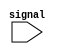
module time_posedge #(
    parameter NAME = "SETME"
) (
    input signal
);

    integer old_time;

    always @ (posedge signal) begin
        $display("%s: %d ns", NAME, $stime - old_time);
        old_time <= $stime;
    end

endmodule